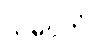
သမပ္ပိတံ